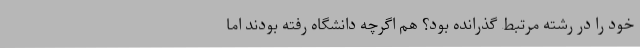
خود را در رشته مرتبط گذرانده بود؟ هم اگرچه دانشگاه رفته بودند اما